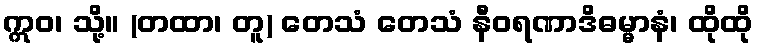
ဣဝ၊ သို့။ (တထာ၊ တူ) တေသံ တေသံ နီဝရဏာဒိဓမ္မာနံ၊ ထိုထို